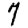
Digit: 7